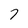
Character: 7